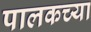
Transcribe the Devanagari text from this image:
पालकच्या